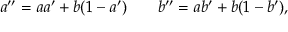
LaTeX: a ^ { \prime \prime } = a a ^ { \prime } + b ( 1 - a ^ { \prime } ) \; \; \; \; \; \; \; b ^ { \prime \prime } = a b ^ { \prime } + b ( 1 - b ^ { \prime } ) ,